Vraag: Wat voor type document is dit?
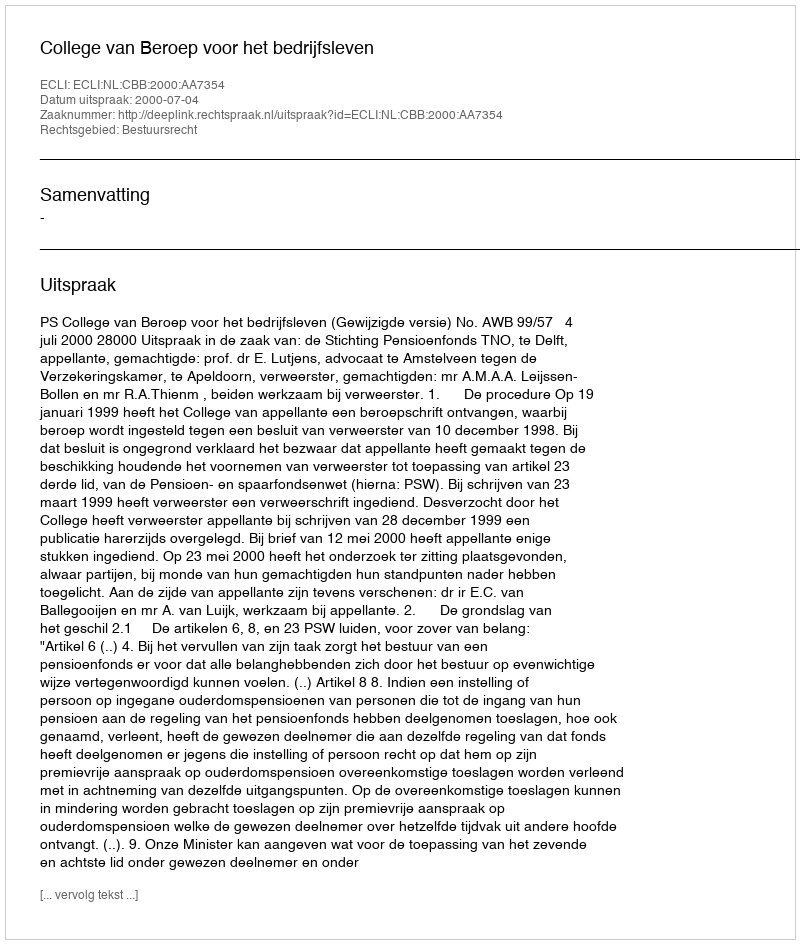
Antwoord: Uitspraak